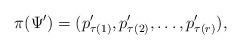
LaTeX: \begin{align*} \pi(\Psi') = (p'_{\tau(1)},p'_{\tau(2)}, \dots, p'_{\tau(r)}), \end{align*}